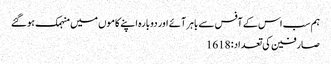
ہم سب اس کے آفس سے باہر آئے اور دوبارہ اپنے کاموں میں منہمک ہوگئے
صارفین کی تعداد: 1618